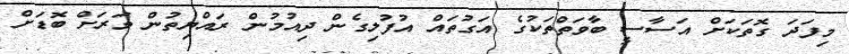
މިފަދަ ގޮތަކަށް އަސާސީ ބާވަތްތަކުގެ އަގުތައް އުފުލިގެން ދިއުމުން ރައްޔިތުން ވަރަށް ބޮޑަށް